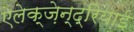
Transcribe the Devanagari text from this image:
ऐलेक्ज़ेन्द्रियाई